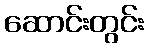
ဆောင်းတွင်း